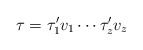
\begin{align*} \tau = \tau'_1 v_1 \cdots \tau'_z v_z\end{align*}